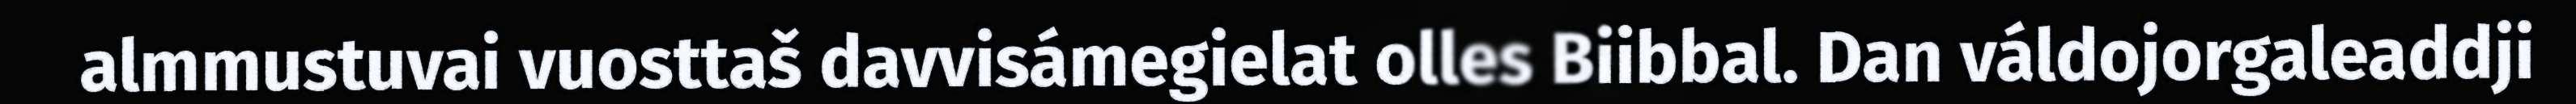
almmustuvai vuosttaš davvisámegielat olles Biibbal. Dan váldojorgaleaddji